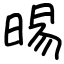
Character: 晹